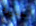
جديرة